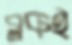
ব্লকই